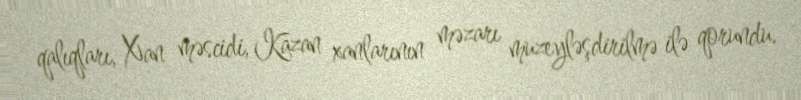
qalıqları, Xan məscidi, Kazan xanlarının məzarı muzeyləşdirilmə ilə qorundu.